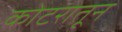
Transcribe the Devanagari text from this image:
कोटरातून